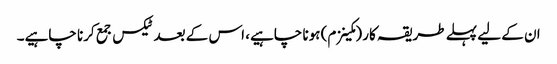
ان کے لیے پہلے طریقہ کار (مکینزم) ہونا چاہیے، اس کے بعد ٹیکس جمع کرنا چاہیے۔